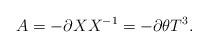
LaTeX: \begin{align*}A=- \partial X X^{-1}=- \partial\theta T^3.\end{align*}